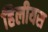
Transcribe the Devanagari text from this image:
हिलीयस